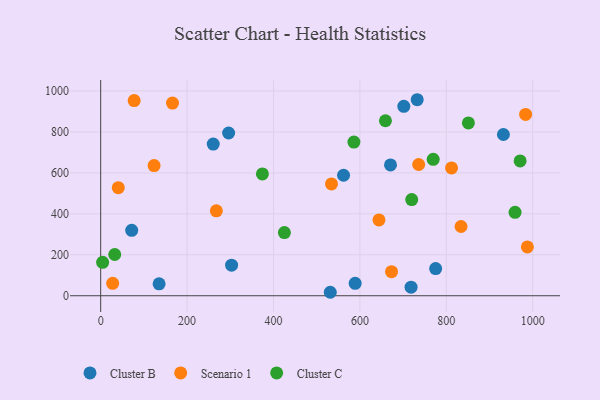
{"axis": {"x": "Investment", "y": "Sales"}, "legend": ["Cluster B", "Cluster C", "Scenario 1"], "data": [{"x": "670.8", "y": 638.7, "type": "Cluster B"}, {"x": "135.2", "y": 58.3, "type": "Cluster B"}, {"x": "562.1", "y": 588.3, "type": "Cluster B"}, {"x": "531.4", "y": 16.9, "type": "Cluster B"}, {"x": "71.8", "y": 319.2, "type": "Cluster B"}, {"x": "932.1", "y": 787.3, "type": "Cluster B"}, {"x": "701.6", "y": 924.8, "type": "Cluster B"}, {"x": "296.1", "y": 794.7, "type": "Cluster B"}, {"x": "718.4", "y": 42.0, "type": "Cluster B"}, {"x": "260.5", "y": 740.7, "type": "Cluster B"}, {"x": "589.0", "y": 60.7, "type": "Cluster B"}, {"x": "303.0", "y": 149.0, "type": "Cluster B"}, {"x": "732.6", "y": 957.1, "type": "Cluster B"}, {"x": "775.3", "y": 132.8, "type": "Cluster B"}, {"x": "40.7", "y": 527.6, "type": "Scenario 1"}, {"x": "736.0", "y": 640.7, "type": "Scenario 1"}, {"x": "534.2", "y": 546.0, "type": "Scenario 1"}, {"x": "983.5", "y": 885.5, "type": "Scenario 1"}, {"x": "987.6", "y": 238.3, "type": "Scenario 1"}, {"x": "644.1", "y": 370.3, "type": "Scenario 1"}, {"x": "673.2", "y": 117.4, "type": "Scenario 1"}, {"x": "123.6", "y": 635.7, "type": "Scenario 1"}, {"x": "267.7", "y": 414.5, "type": "Scenario 1"}, {"x": "27.7", "y": 60.8, "type": "Scenario 1"}, {"x": "166.2", "y": 940.8, "type": "Scenario 1"}, {"x": "834.1", "y": 338.0, "type": "Scenario 1"}, {"x": "77.5", "y": 952.8, "type": "Scenario 1"}, {"x": "812.1", "y": 623.9, "type": "Scenario 1"}, {"x": "374.3", "y": 594.9, "type": "Cluster C"}, {"x": "959.1", "y": 407.2, "type": "Cluster C"}, {"x": "32.5", "y": 201.4, "type": "Cluster C"}, {"x": "4.5", "y": 163.2, "type": "Cluster C"}, {"x": "719.9", "y": 469.3, "type": "Cluster C"}, {"x": "586.1", "y": 750.5, "type": "Cluster C"}, {"x": "425.2", "y": 308.2, "type": "Cluster C"}, {"x": "769.6", "y": 666.3, "type": "Cluster C"}, {"x": "659.1", "y": 854.5, "type": "Cluster C"}, {"x": "851.1", "y": 844.0, "type": "Cluster C"}, {"x": "970.8", "y": 658.4, "type": "Cluster C"}]}